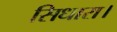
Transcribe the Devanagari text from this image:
सिधारा।